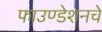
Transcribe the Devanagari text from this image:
फाउण्डेशनचे